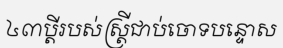
៤៣ប្តីរបស់ស្ត្រីជាប់ចោទបន្ទោស